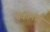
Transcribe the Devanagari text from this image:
बँकामध्ये